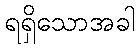
ရရှိသောအခါ